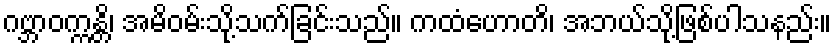
ဂဗ္ဘာဝက္ကန္တိ၊ အမိဝမ်းသို့သက်ခြင်းသည်။ ကထံဟောတိ၊ အဘယ်သို့ဖြစ်ပါသနည်း။